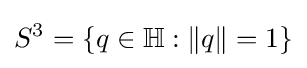
S^{3}=\left\{q\in \mathbb {H} :\|q\|=1\right\}